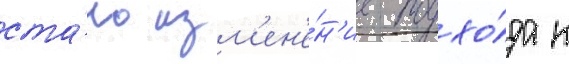
ста́ло изм'ен'е́н'ие подхо́да к